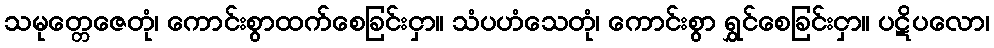
သမုတ္တေဇေတုံ၊ ကောင်းစွာထက်စေခြင်းငှာ။ သံပဟံသေတုံ၊ ကောင်းစွာ ရွှင်စေခြင်းငှာ။ ပဋိပလော၊